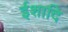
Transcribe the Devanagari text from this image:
ईशादि